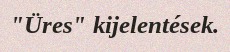
"Üres" kijelentések.